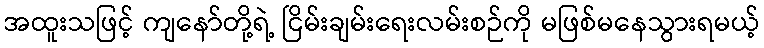
အထူးသဖြင့် ကျနော်တို့ရဲ့ ငြိမ်းချမ်းရေးလမ်းစဉ်ကို မဖြစ်မနေသွားရမယ့်